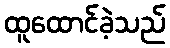
ထူထောင်ခဲ့သည်